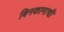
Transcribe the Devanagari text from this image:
बिनकामाची